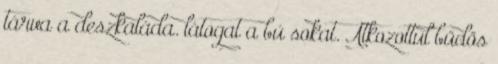
tárva a deszkaláda. látogat a bú sokat. Átkozottul büdös